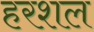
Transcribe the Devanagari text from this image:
हरशल